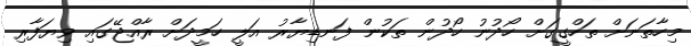
މިހާތަނަށް ތަހްގީގަށް ހޯދުނު ހޯދުން ތަކުން ފަނޑިޔާރު އަލީ ހަމީދަށް ރާއްޖޭގައި ވިޔަފާރި